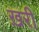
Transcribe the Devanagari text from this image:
ख़री